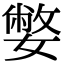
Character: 嫳